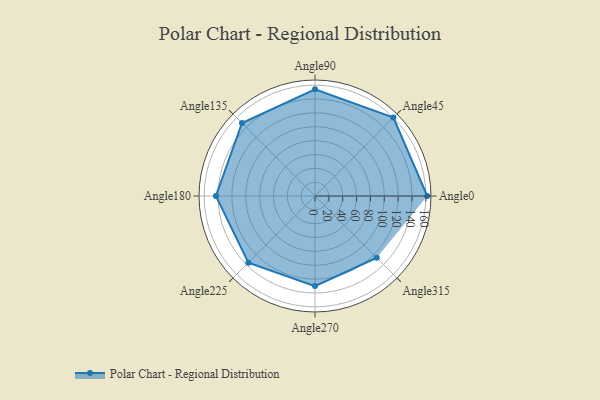
{"axis": {"x": "Angle", "y": "Radius"}, "legend": [""], "data": [{"x": "Angle0", "y": 162.0, "type": ""}, {"x": "Angle45", "y": 160.0, "type": ""}, {"x": "Angle90", "y": 154.0, "type": ""}, {"x": "Angle135", "y": 149.0, "type": ""}, {"x": "Angle180", "y": 143.0, "type": ""}, {"x": "Angle225", "y": 136.0, "type": ""}, {"x": "Angle270", "y": 130.0, "type": ""}, {"x": "Angle315", "y": 126.0, "type": ""}]}